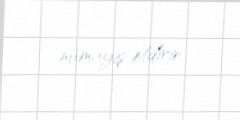
nümayiş etdirir.